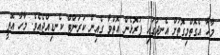
މާހާ އެގޮތްމިގޮތަށް އެނދުގައި ފުރޮޅެން އޮތްވާ ގެއިން ކަރަންޓް ކެނޑިއްޖެއެވެ. މާހާ އޮތީ